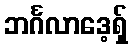
ဘင်္ဂလာဒေ့ရှ်